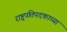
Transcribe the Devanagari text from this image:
राष्ट्रपतिपदकाच्या